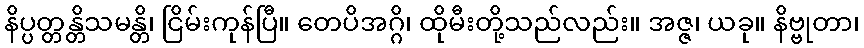
နိပ္ပတ္တန္တိသမန္တိ၊ ငြိမ်းကုန်ပြီ။ တေပိအဂ္ဂိ၊ ထိုမီးတို့သည်လည်း။ အဇ္ဇ၊ ယခု။ နိဗ္ဗုတာ၊